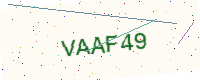
Text: VAAF49